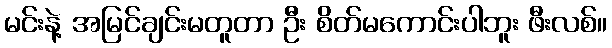
မင်းနဲ့ အမြင်ချင်းမတူတာ ဦး စိတ်မကောင်းပါဘူး ဖီးလစ်။